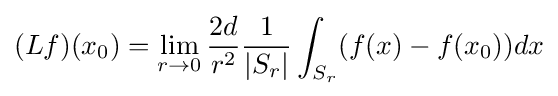
(Lf)(x_{0})=\lim _{r\to 0}{\frac {2d}{r^{2}}}{\frac {1}{|S_{r}|}}\int _{S_{r}}(f(x)-f(x_{0}))dx